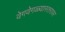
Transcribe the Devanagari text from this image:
वेगवेगळ्यास्तरावर